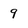
Character: 9